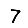
Digit: 7